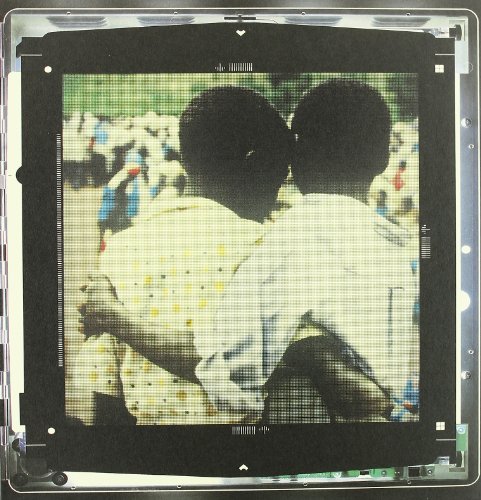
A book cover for Let There Be Light: The Rwanda Project 1994--1998; David Levi Strauss; Travel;